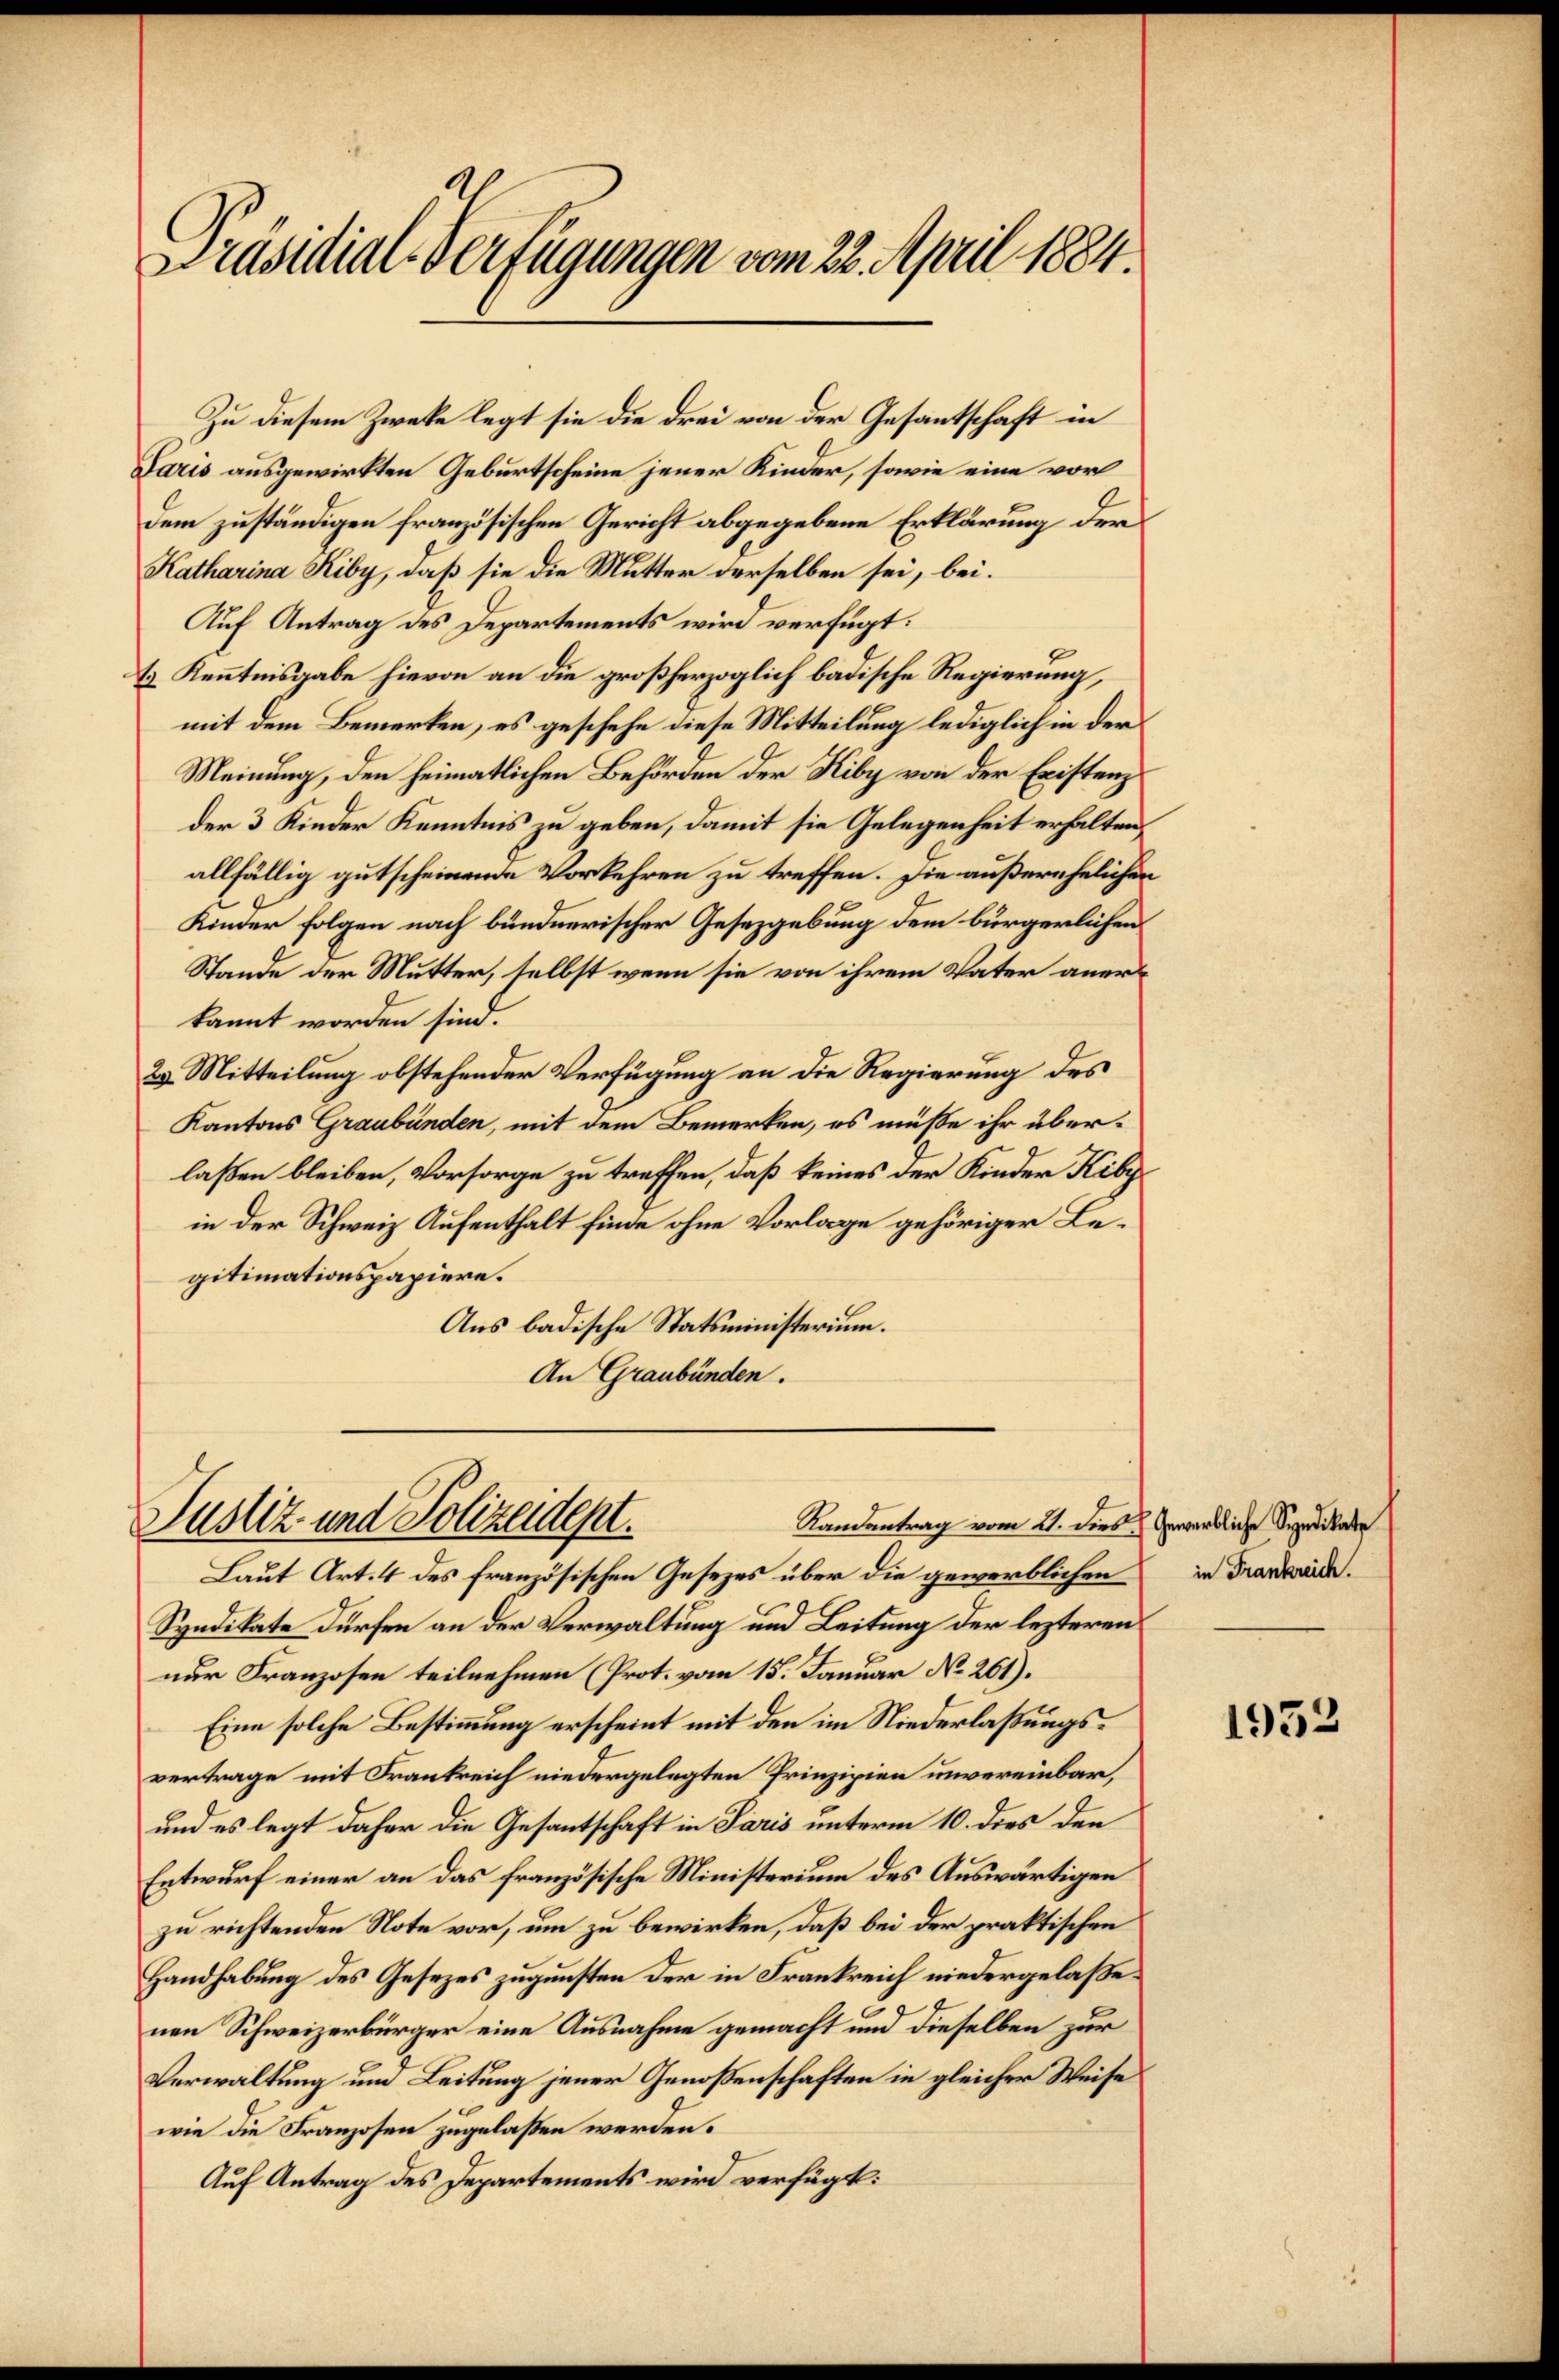
Präsidial-Verfügungen vom 22. April 1884.

Zu diesem Zwecke legt sie die drei von der Gesantschaft in
Paris ausgewirkten Geburtscheine jener Kinder, sowie eine vorl
dem zuständigen französischen Gericht abgegebene Erklärung der
Katharina Kiby, daß sie die Mutter derselben sei, bei.
Auf Antrag des Departements wird verfügt:
2
& Kenntnisgabe hievon an die großherzoglich badische Regierung,
mit dem Bemerken, es geschehe diese Mitteilung lediglich in der
Meinung, den heimatlichen Behörden der Kiby von der Existenz
der 3 Kinder Kenntnis zu geben, damit sie Gelegenheit erhalten,
allfällig gutscheinende Vorkehren zu treffen. Die außerehelichen
Kinder Folgen nach bündnerischer Gesezgebung dem bürgerlichen
Stande der Mutter, selbst wenn sie von ihrem Vater anerkannt worden sind.
29. Mitteilung obstehender Verfügung an die Regierung des
Kantons Graubünden, mit dem Bemerken, es müße ihr überlaßen bleiben, Vorsorge zu treffen, daß keines der Kinder Kiby
in der Schweiz Aufenthalt finde ohne Vorlage gehöriger Legitimationspapiere.
Aus badische Statsministerium.
An Graubünden.

Randentrag vom 21. dies u. Gewerbliche Syndikate
Justiz- und Polizeident.

Laut Art. 4 des Französischen Gesezes über die gewerblichen
Syndikate dürfen an der Verwaltung und Leitung der lezteren
nur Franzosen teilnehmen (Prot. vom 15. Januar No. 261).
Eine solche Bestimmung erscheint mit den im Niederlaßungsvertrage mit Frankreich niedergelegten Prinzipien unvereinbar,
und es legt daher die Gesantschaft in Paris unterm 10. dies den
Entwurf einer an das französische Ministerium des Auswärtigen
zu richtenden Note vor, um zu bewirken, daß bei der praktischen
Handhabung des Gesezes zugunsten der in Frankreich niedergelaßenen Schweizerbürger eine Ausnahme gemacht und dieselben zur
Verwaltung und Leitung jener Genoßenschaften in gleicher Weise
wie die Franzosen zugelaßen werden.
Auf Antrag des Departements wird verfügt:

in Frankreich.

1952